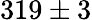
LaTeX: {319\pm 3}